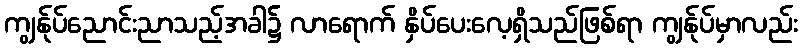
ကျွန်ုပ်ညောင်းညာသည့်အခါ၌ လာရောက် နှိပ်ပေးလေ့ရှိသည်ဖြစ်ရာ ကျွန်ုပ်မှာလည်း